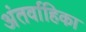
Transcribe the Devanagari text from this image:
अंतर्वाहिका